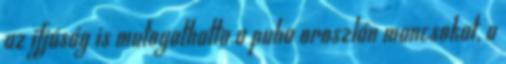
az ifjúság is mutogathatta a puha oroszlán mancsokat, a